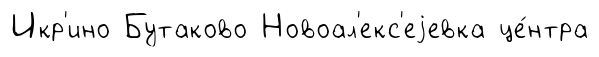
Икр'ино Бутаково Новоал'екс'еjевка це́нтра